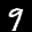
Label: 9